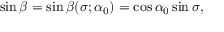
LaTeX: \sin \beta = \sin \beta ( \sigma ; \alpha _ { 0 } ) = \cos \alpha _ { 0 } \sin \sigma ,